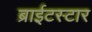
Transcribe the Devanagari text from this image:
ब्राईटस्टार